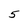
Character: 5